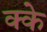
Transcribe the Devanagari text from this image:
क्के